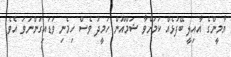
ޔާމީންގެ އާއިލީ ބޭފުޅެއް ކަމަށްވާ ޝަމްއޫން ހަމީދު ވެސް ހިމެނި ވަޑައިގަންނަވަ އެވެ.